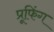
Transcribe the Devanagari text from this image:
प्रूफिंग